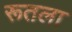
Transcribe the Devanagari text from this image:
रूतला